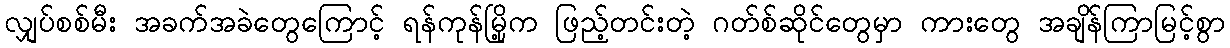
လျှပ်စစ်မီး အခက်အခဲတွေကြောင့် ရန်ကုန်မြို့က ဖြည့်တင်းတဲ့ ဂတ်စ်ဆိုင်တွေမှာ ကားတွေ အချိန်ကြာမြင့်စွာ